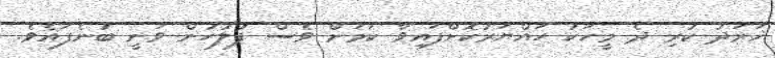
ޚަރަދު ކުރި ދެ މީހަކު ހައްޔަރުކޮށްފައިވާ ކަމަށް ވެސް ފުލުހުން ވަނީ ބުނެފައެވެ.